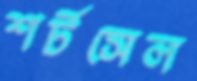
শর্টসেল